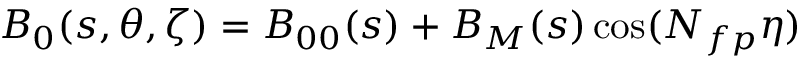
{ B _ { 0 } } ( s , \theta , \zeta ) = B _ { 0 0 } ( s ) + B _ { M } ( s ) \cos ( N _ { f p } \eta )